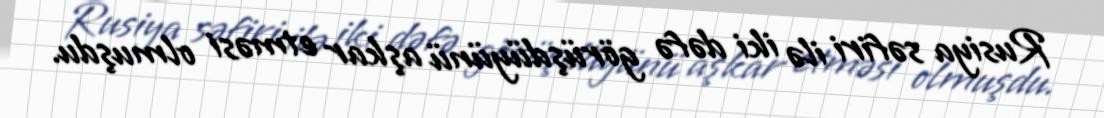
Rusiya səfiri ilə iki dəfə görüşdüyünü aşkar etməsi olmuşdu.